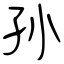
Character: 孙